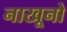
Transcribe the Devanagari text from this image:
नाखूनो